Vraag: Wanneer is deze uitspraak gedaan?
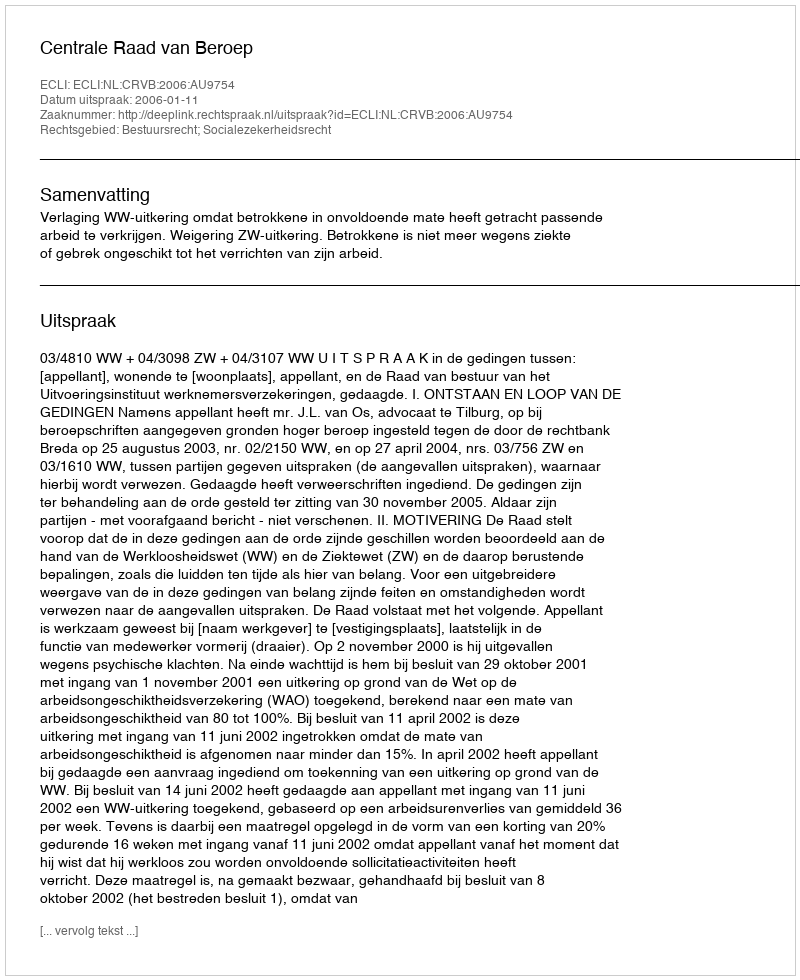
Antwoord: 2006-01-11